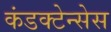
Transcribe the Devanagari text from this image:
कंडक्टेन्सेस